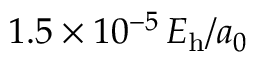
1 . 5 \times 1 0 ^ { - 5 } \, E _ { \mathrm { h } } / a _ { 0 }